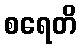
စရေတိ